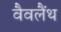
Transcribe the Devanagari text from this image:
वैवलैंथ